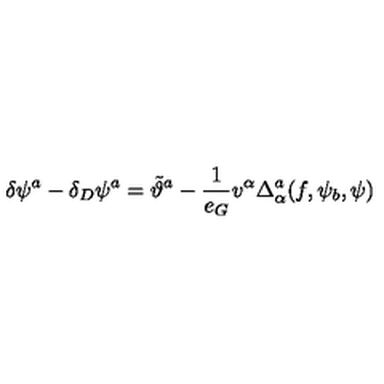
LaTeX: \delta \psi ^ { a } - \delta _ { D } \psi ^ { a } = \tilde { \vartheta } ^ { a } - \frac { 1 } { e _ { G } } v ^ { \alpha } \Delta _ { \alpha } ^ { a } ( f , \psi _ { b } , \psi )